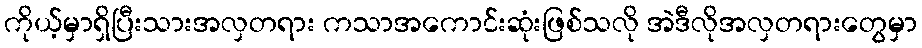
ကိုယ့်မှာရှိပြီးသားအလှတရား ကသာအကောင်းဆုံးဖြစ်သလို အဲဒီလိုအလှတရားတွေမှာ